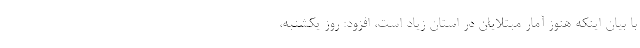
با بیان اینکه هنوز آمار مبتلایان در استان زیاد است، افزود: روز یکشنبه،